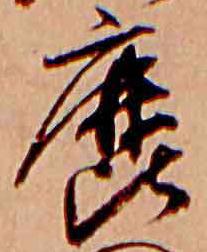
鹿